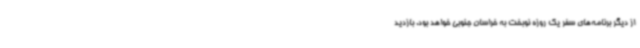
از دیگر برنامه‌های سفر یک روزه نوبخت به خراسان جنوبی خواهد بود. بازدید